Annual report on the working of the mental hospitals in the Madras Presidency - 1912-1932
Year: 1912
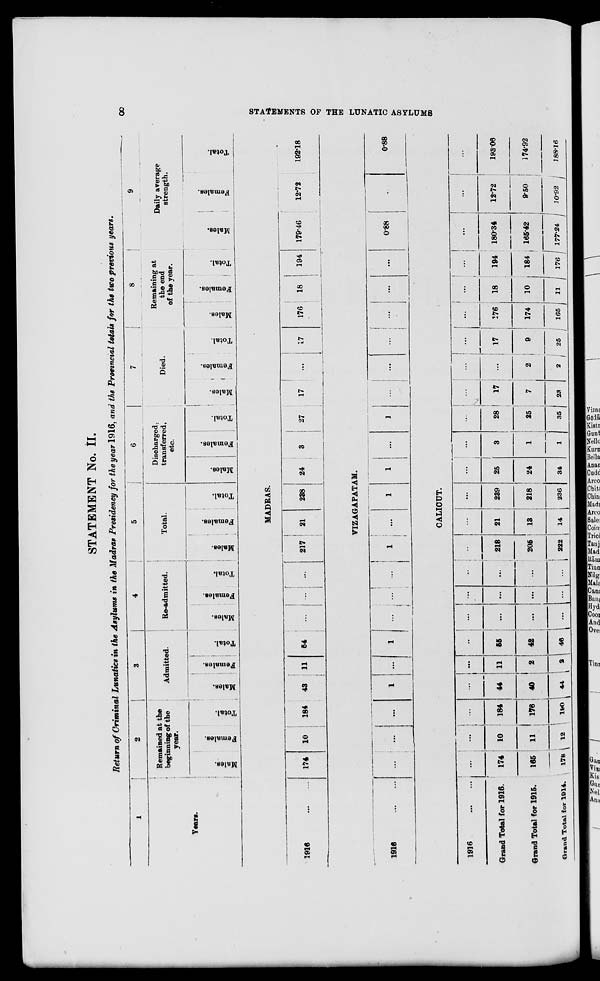
8
STATEMENTS OF THE LUNATIC ASYLUMS
STATEMENT No. II.
Return of Criminal Lunatics in the Asylums in the Madras Presidency for the year 1916, and the Provincial totals for the two previous years.
1
Years.
2
Remained at the
beginning of the
year.
Males.
Females.
Total.
3
Admitted.
Males.
Females.
Total.
4
Re-admitted.
Males.
Females.
Total.
5
Total.
Males.
Females.
Total.
6
Discharged,
transferred,
etc.
Males.
Females.
Total.
7
Died.
Males.
Females.
Total.
8
Remaining at
the end
of the year.
Males.
Females.
Total.
9
Daily average
strength.
Males.
Females.
Total.
MADRAS.
1916
...
...
174
10
184
43
11
54
...
...
...
217
21
238
24
3
27
17
...
17
176
18
194
179.46
12.72
192.18
VIZAGAPATAM.
1916
...
...
...
...
...
1
...
1
...
... ...
1
...
1
1
...
1
...
...
...
...
...
...
0.88
...
0.88
CALICUT.
1916
...
...
Grand Total for 1916.
Grand Total for 1915.
Grand Total for 1914.
...
174
165
178
...
10
11
12
...
184
176
190
...
44
40
44
...
11
2
2
...
55
42
46
...
...
...
...
...
...
...
...
...
...
...
...
...
218
205
222
...
21
13
14
...
239
218
236
...
25
24
34
...
3
1
1
...
28
25
35
...
17
7
23
...
...
2
2
...
17
9
25
...
176
174
165
...
18
10
11
...
194
184
176
...
180.34
165.42
177.24
...
12.72
9.50
10.92
...
193.06
174.92
188.16